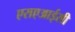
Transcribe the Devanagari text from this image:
एसएआईसी